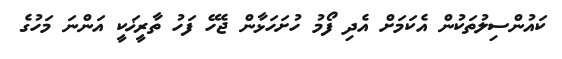
ކައުންސިލުތަކުން އެކަމަށް އެދި ފޯމު ހުށަހަޅާން ޖެހޭ ފަހު ތާރީޚަކީ އަންނަ މަހުގެ